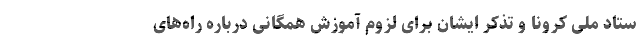
ستاد ملی کرونا و تذکر ایشان برای لزوم آموزش همگانی درباره‌ راه‌های